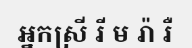
អ្នកស្រី រី ម រ៉ា រឺ